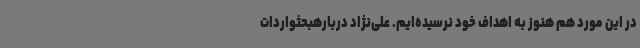
در این مورد هم هنوز به اهداف خود نرسیده‌ایم. علی‌نژاد دربارهبحثواردات